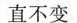
直不变